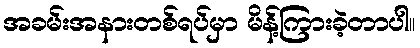
အခမ်းအနားတစ်ရပ်မှာ မိန့်ကြားခဲ့တာပါ။